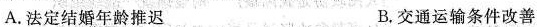
A.法定结婚年龄推迟 B.交通运输条件改善